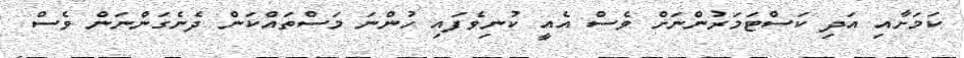
ކަމަށާއި އަދި ކަސްޓަމަރުންނަށް ވެސް އެއީ ކުނިވެފައި ހުންނަ މަސްތައްކަން ދެނެގަންނަން ވެސް